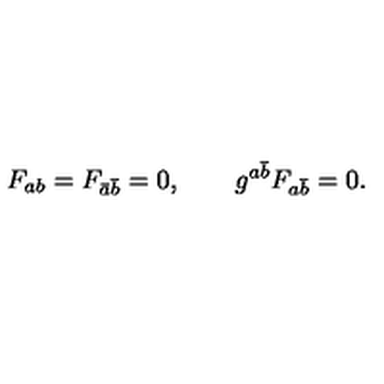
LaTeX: F _ { a b } = F _ { \bar { a } \bar { b } } = 0 , \qquad g ^ { a \bar { b } } F _ { a \bar { b } } = 0 .